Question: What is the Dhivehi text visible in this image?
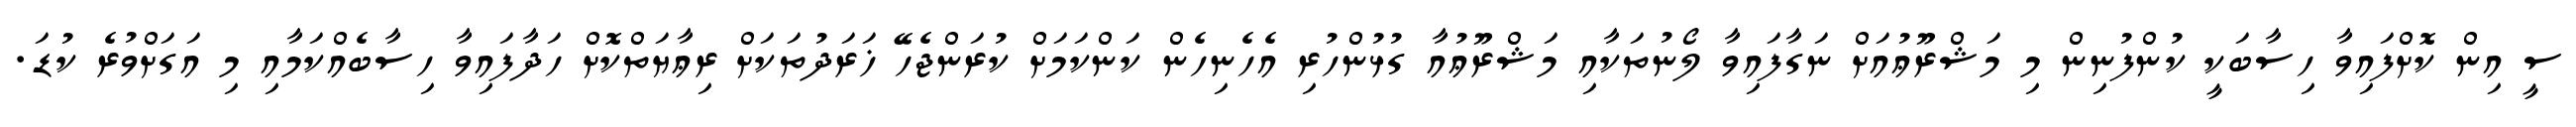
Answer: ސީ އިން ކޮށްފައިވާ ހިސާބަކީ ކުންފުނިން މި މަޝްރޫޢުއަށް ނަގާފައިވާ ލޯނުތަކާއި މަޝްރޫޢުއާ ގުޅުންހުރި އެހެނިހެން ކަންކަމަށް ކުރަންޖެހޭ ޚަރަދުތަކަށް ރިޢާޔަތްކޮށް ހަދާފައިވާ ހިސާބެއްކަމާއި މި އަގަށްވުރެ ކުޑަ.